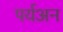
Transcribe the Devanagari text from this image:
पर्यअन